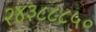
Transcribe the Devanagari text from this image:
२४३८८८५०